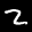
Label: 2